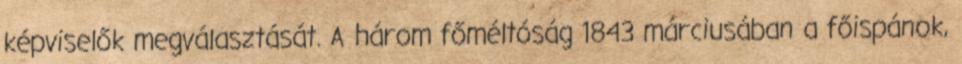
képviselők megválasztását. A három főméltóság 1843 márciusában a főispánok,